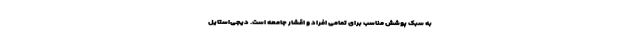
به سبک پوشش مناسب برای تمامی افراد و اقشار جامعه است. دیجی‌استایل